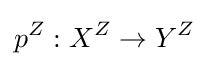
p^{Z}:X^{Z}\to Y^{Z}